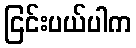
ငြင်းပယ်ပါက